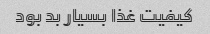
کیفیت غذا بسیار بد بود